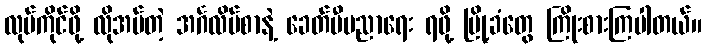
လုပ်ကိုင်ဖို့ လိုအပ်တဲ့ အင်္ဂလိပ်စာနဲ့ ခေတ်မီပညာရေး ရဖို့ မြို့ခံတွေ ကြိုးစားကြပါတယ်။